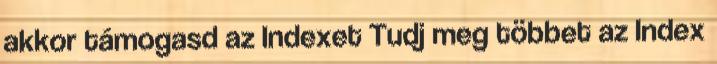
akkor támogasd az Indexet Tudj meg többet az Index